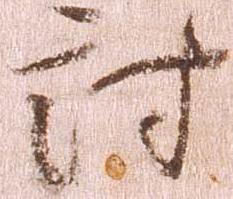
討